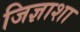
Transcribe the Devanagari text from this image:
जिज्ञाशा